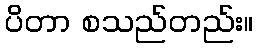
ပိတာ စသည်တည်း။